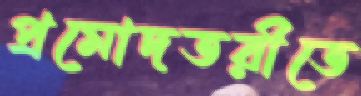
প্রমোদতরীতে